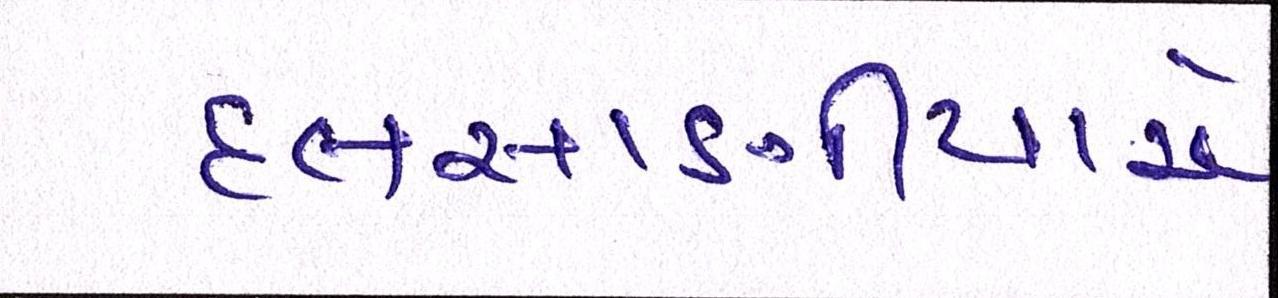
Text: દલસાણીયાએ